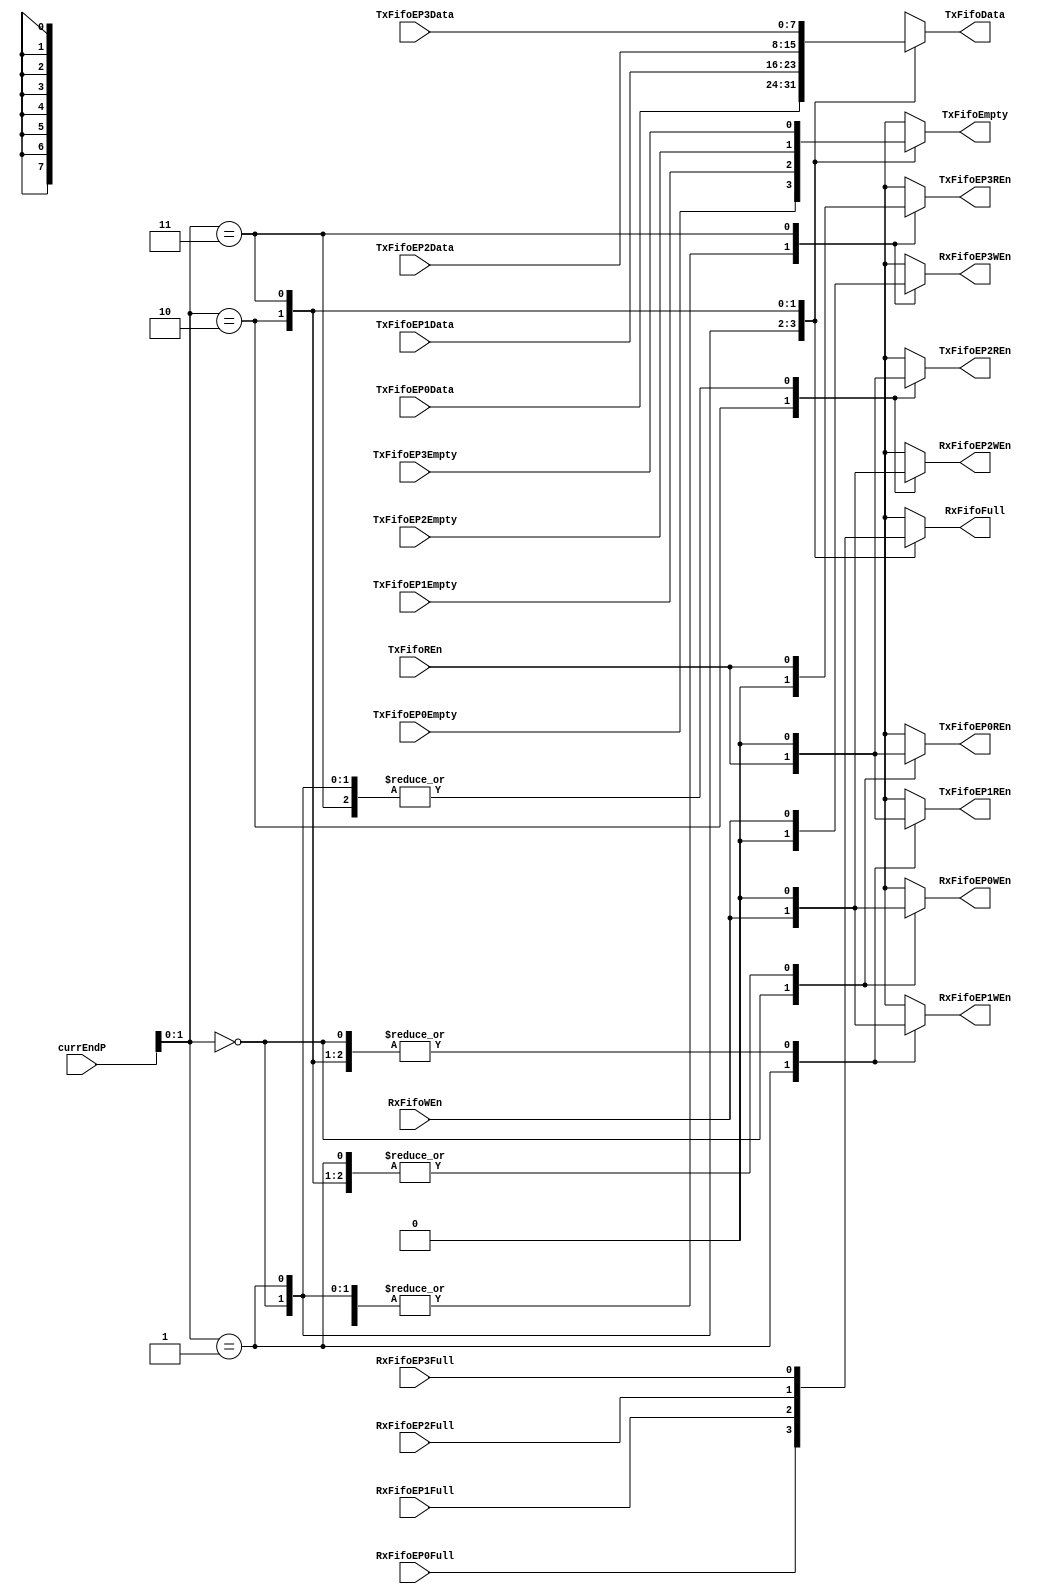
module fifoMux (
  currEndP,
  //TxFifo
  TxFifoREn,
  TxFifoEP0REn,
  TxFifoEP1REn,
  TxFifoEP2REn,
  TxFifoEP3REn,
  TxFifoData,
  TxFifoEP0Data,
  TxFifoEP1Data,
  TxFifoEP2Data,
  TxFifoEP3Data,
  TxFifoEmpty,
  TxFifoEP0Empty,
  TxFifoEP1Empty,
  TxFifoEP2Empty,
  TxFifoEP3Empty,
  //RxFifo
  RxFifoWEn,
  RxFifoEP0WEn,
  RxFifoEP1WEn,
  RxFifoEP2WEn,
  RxFifoEP3WEn,
  RxFifoFull,
  RxFifoEP0Full,
  RxFifoEP1Full,
  RxFifoEP2Full,
  RxFifoEP3Full
    );


input [3:0] currEndP;
//TxFifo
input TxFifoREn;
output TxFifoEP0REn;
output TxFifoEP1REn;
output TxFifoEP2REn;
output TxFifoEP3REn;
output [7:0] TxFifoData;
input [7:0] TxFifoEP0Data;
input [7:0] TxFifoEP1Data;
input [7:0] TxFifoEP2Data;
input [7:0] TxFifoEP3Data;
output TxFifoEmpty;
input TxFifoEP0Empty;
input TxFifoEP1Empty;
input TxFifoEP2Empty;
input TxFifoEP3Empty;
  //RxFifo
input RxFifoWEn;
output RxFifoEP0WEn;
output RxFifoEP1WEn;
output RxFifoEP2WEn;
output RxFifoEP3WEn;
output RxFifoFull;
input RxFifoEP0Full;
input RxFifoEP1Full;
input RxFifoEP2Full;
input RxFifoEP3Full;

wire [3:0] currEndP;
//TxFifo
wire TxFifoREn;
reg TxFifoEP0REn;
reg TxFifoEP1REn;
reg TxFifoEP2REn;
reg TxFifoEP3REn;
reg [7:0] TxFifoData;
wire [7:0] TxFifoEP0Data;
wire [7:0] TxFifoEP1Data;
wire [7:0] TxFifoEP2Data;
wire [7:0] TxFifoEP3Data;
reg TxFifoEmpty;
wire TxFifoEP0Empty;
wire TxFifoEP1Empty;
wire TxFifoEP2Empty;
wire TxFifoEP3Empty;
  //RxFifo
wire RxFifoWEn;
reg RxFifoEP0WEn;
reg RxFifoEP1WEn;
reg RxFifoEP2WEn;
reg RxFifoEP3WEn;
reg RxFifoFull;
wire RxFifoEP0Full;
wire RxFifoEP1Full;
wire RxFifoEP2Full;
wire RxFifoEP3Full;

//internal wires and regs

//combinatorially mux TX and RX fifos for end points 0 through 3
always @(currEndP or
  TxFifoREn or
  RxFifoWEn or
  TxFifoEP0Data or
  TxFifoEP1Data or
  TxFifoEP2Data or
  TxFifoEP3Data or
  TxFifoEP0Empty or
  TxFifoEP1Empty or
  TxFifoEP2Empty or
  TxFifoEP3Empty or
  RxFifoEP0Full or
  RxFifoEP1Full or
  RxFifoEP2Full or
  RxFifoEP3Full)
begin
  case (currEndP[1:0])
    2'b00: begin
      TxFifoEP0REn <= TxFifoREn;
      TxFifoEP1REn <= 1'b0;
      TxFifoEP2REn <= 1'b0;
      TxFifoEP3REn <= 1'b0;
      TxFifoData <= TxFifoEP0Data;
      TxFifoEmpty <= TxFifoEP0Empty;
      RxFifoEP0WEn <= RxFifoWEn;
      RxFifoEP1WEn <= 1'b0;
      RxFifoEP2WEn <= 1'b0;
      RxFifoEP3WEn <= 1'b0;
      RxFifoFull <= RxFifoEP0Full;
    end
    2'b01: begin
      TxFifoEP0REn <= 1'b0;
      TxFifoEP1REn <= TxFifoREn;
      TxFifoEP2REn <= 1'b0;
      TxFifoEP3REn <= 1'b0;
      TxFifoData <= TxFifoEP1Data;
      TxFifoEmpty <= TxFifoEP1Empty;
      RxFifoEP0WEn <= 1'b0;
      RxFifoEP1WEn <= RxFifoWEn;
      RxFifoEP2WEn <= 1'b0;
      RxFifoEP3WEn <= 1'b0;
      RxFifoFull <= RxFifoEP1Full;
    end
    2'b10: begin
      TxFifoEP0REn <= 1'b0;
      TxFifoEP1REn <= 1'b0;
      TxFifoEP2REn <= TxFifoREn;
      TxFifoEP3REn <= 1'b0;
      TxFifoData <= TxFifoEP2Data;
      TxFifoEmpty <= TxFifoEP2Empty;
      RxFifoEP0WEn <= 1'b0;
      RxFifoEP1WEn <= 1'b0;
      RxFifoEP2WEn <= RxFifoWEn;
      RxFifoEP3WEn <= 1'b0;
      RxFifoFull <= RxFifoEP2Full;
    end
    2'b11: begin
      TxFifoEP0REn <= 1'b0;
      TxFifoEP1REn <= 1'b0;
      TxFifoEP2REn <= 1'b0;
      TxFifoEP3REn <= TxFifoREn;
      TxFifoData <= TxFifoEP3Data;
      TxFifoEmpty <= TxFifoEP3Empty;
      RxFifoEP0WEn <= 1'b0;
      RxFifoEP1WEn <= 1'b0;
      RxFifoEP2WEn <= 1'b0;
      RxFifoEP3WEn <= RxFifoWEn;
      RxFifoFull <= RxFifoEP3Full;
    end
  endcase  
end      


endmodule